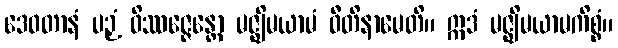
ဒေဝတာနံ ပဉှံ ဝိဿဇ္ဇေန္တော မဇ္ဈိမယာမံ ဝီတိနာမေတိ။ ဣဒံ မဇ္ဈိမယာမကိစ္စံ။